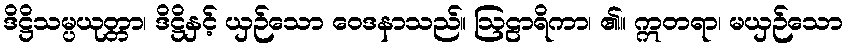
ဒိဋ္ဌိသမ္ပယုတ္တာ၊ ဒိဋ္ဌိနှင့် ယှဉ်သော ဝေဒနာသည်။ ဩဠာရိကာ၊ ၏။ ဣတရာ၊ မယှဉ်သော